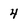
Character: 4